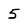
Character: 5